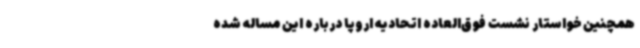
همچنین خواستار نشست فوق‌العاده اتحادیه اروپا درباره این مساله شده